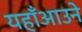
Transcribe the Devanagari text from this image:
यहाँआउने